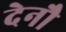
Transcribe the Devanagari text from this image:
देनौ